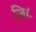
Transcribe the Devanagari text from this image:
ज़ि८